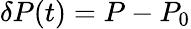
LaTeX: \delta P(t)=P-P_{0}